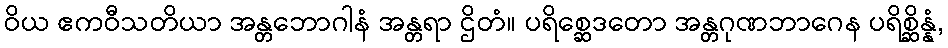
ဝိယ ဧကဝီသတိယာ အန္တဘောဂါနံ အန္တရာ ဌိတံ။ ပရိစ္ဆေဒတော အန္တဂုဏဘာဂေန ပရိစ္ဆိန္နံ,